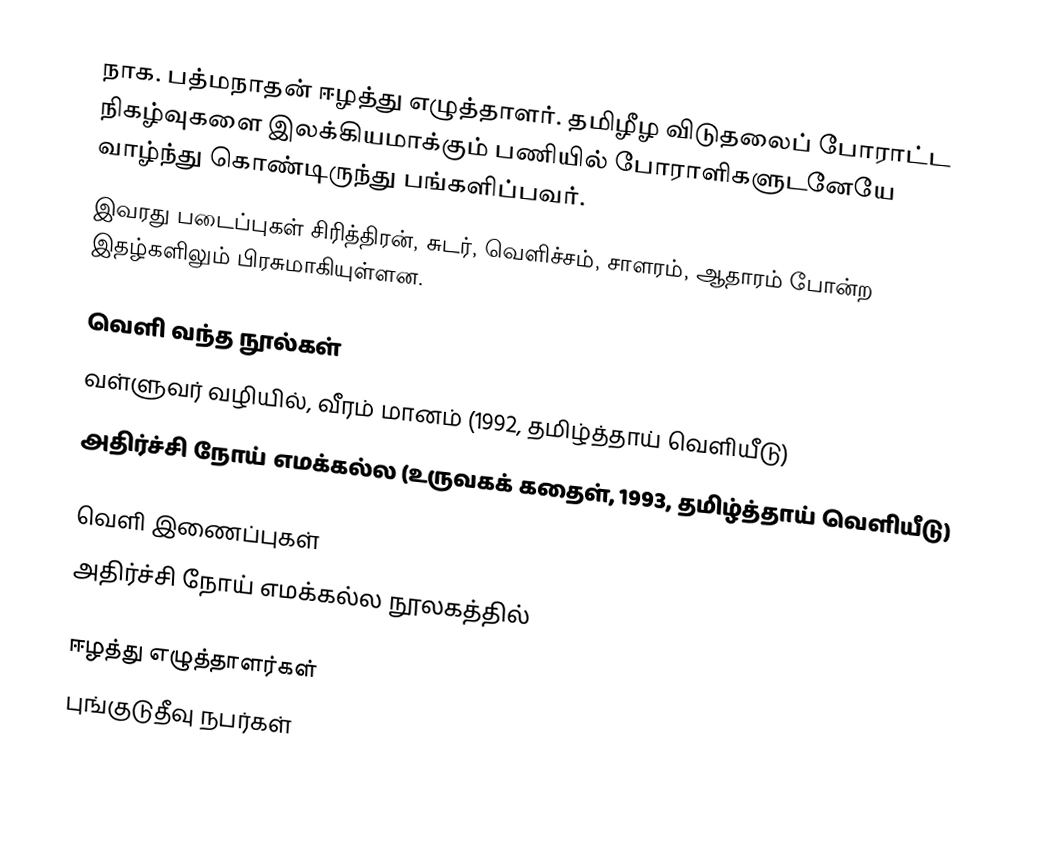
நாக. பத்மநாதன் ஈழத்து எழுத்தாளர். தமிழீழ விடுதலைப் போராட்ட நிகழ்வுகளை இலக்கியமாக்கும் பணியில் போராளிகளுடனேயே வாழ்ந்து கொண்டிருந்து  பங்களிப்பவர்.
இவரது படைப்புகள் சிரித்திரன், சுடர், வெளிச்சம், சாளரம், ஆதாரம் போன்ற இதழ்களிலும் பிரசுமாகியுள்ளன.

வெளி வந்த நூல்கள்
 வள்ளுவர் வழியில், வீரம் மானம் (1992, தமிழ்த்தாய் வெளியீடு)
 அதிர்ச்சி நோய் எமக்கல்ல (உருவகக் கதைள், 1993, தமிழ்த்தாய் வெளியீடு)

வெளி இணைப்புகள்
 அதிர்ச்சி நோய் எமக்கல்ல நூலகத்தில்

ஈழத்து எழுத்தாளர்கள்
புங்குடுதீவு நபர்கள்